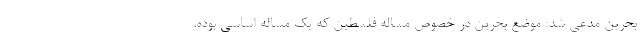
بحرین مدعی شد: موضع بحرین در خصوص مساله فلسطین که یک مساله اساسی بوده،